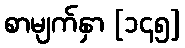
စာမျက်နှာ [၁၄၅]